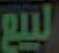
البيع